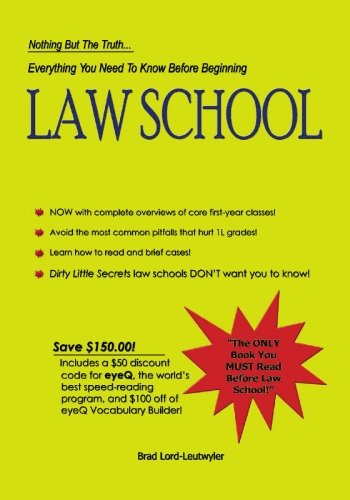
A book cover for Everything You Need to Know Before Beginning Law School: Nothing but the truth...; Brad Lord-Leutwyler; Test Preparation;